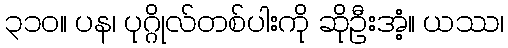
၃၁၀။ ပန၊ ပုဂ္ဂိုလ်တစ်ပါးကို ဆိုဦးအံ့။ ယဿ၊